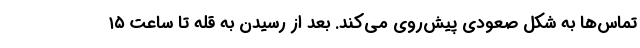
تماس‌ها به شکل صعودی پیش‌روی می‌کند. بعد از رسیدن به قله تا ساعت ۱۵